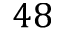
4 8